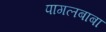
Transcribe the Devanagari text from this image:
पागलबाबा